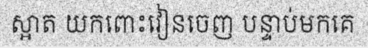
ស្អាត យកពោះវៀនចេញ បន្ទាប់មកគេ